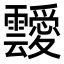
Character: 靉